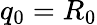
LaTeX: q_{0}=R_{0}